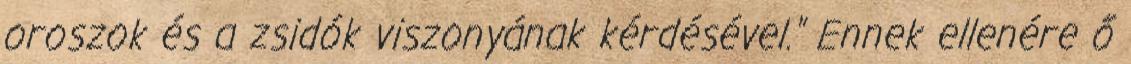
oroszok és a zsidók viszonyának kérdésével." Ennek ellenére ő